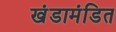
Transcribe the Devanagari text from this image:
खंडामंडित